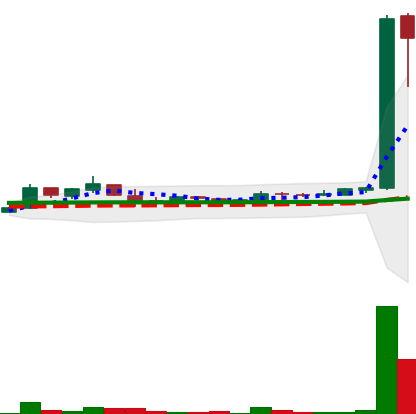
Ticker: LTC-USD
Chart end date: 2017-03-31
Forward return: 66.4%
Label: up_7plus